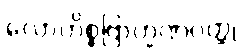
လောဟိစ္စဗြာဟ္မဏဝတ္ထု